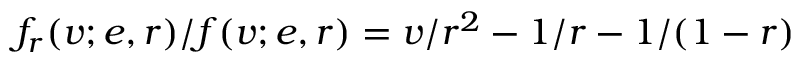
f _ { r } ( v ; e , r ) / f ( v ; e , r ) = v / r ^ { 2 } - 1 / r - 1 / ( 1 - r )